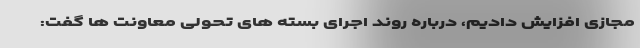
مجازی افزایش دادیم، درباره روند اجرای بسته های تحولی معاونت ها گفت: